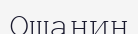
Ошанин